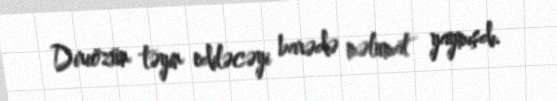
Diriözün təyin ediləcəyi barədə məlumat yaymışdı.